Eesti_Vabariigi_Tartu_Ulikool, lk 3
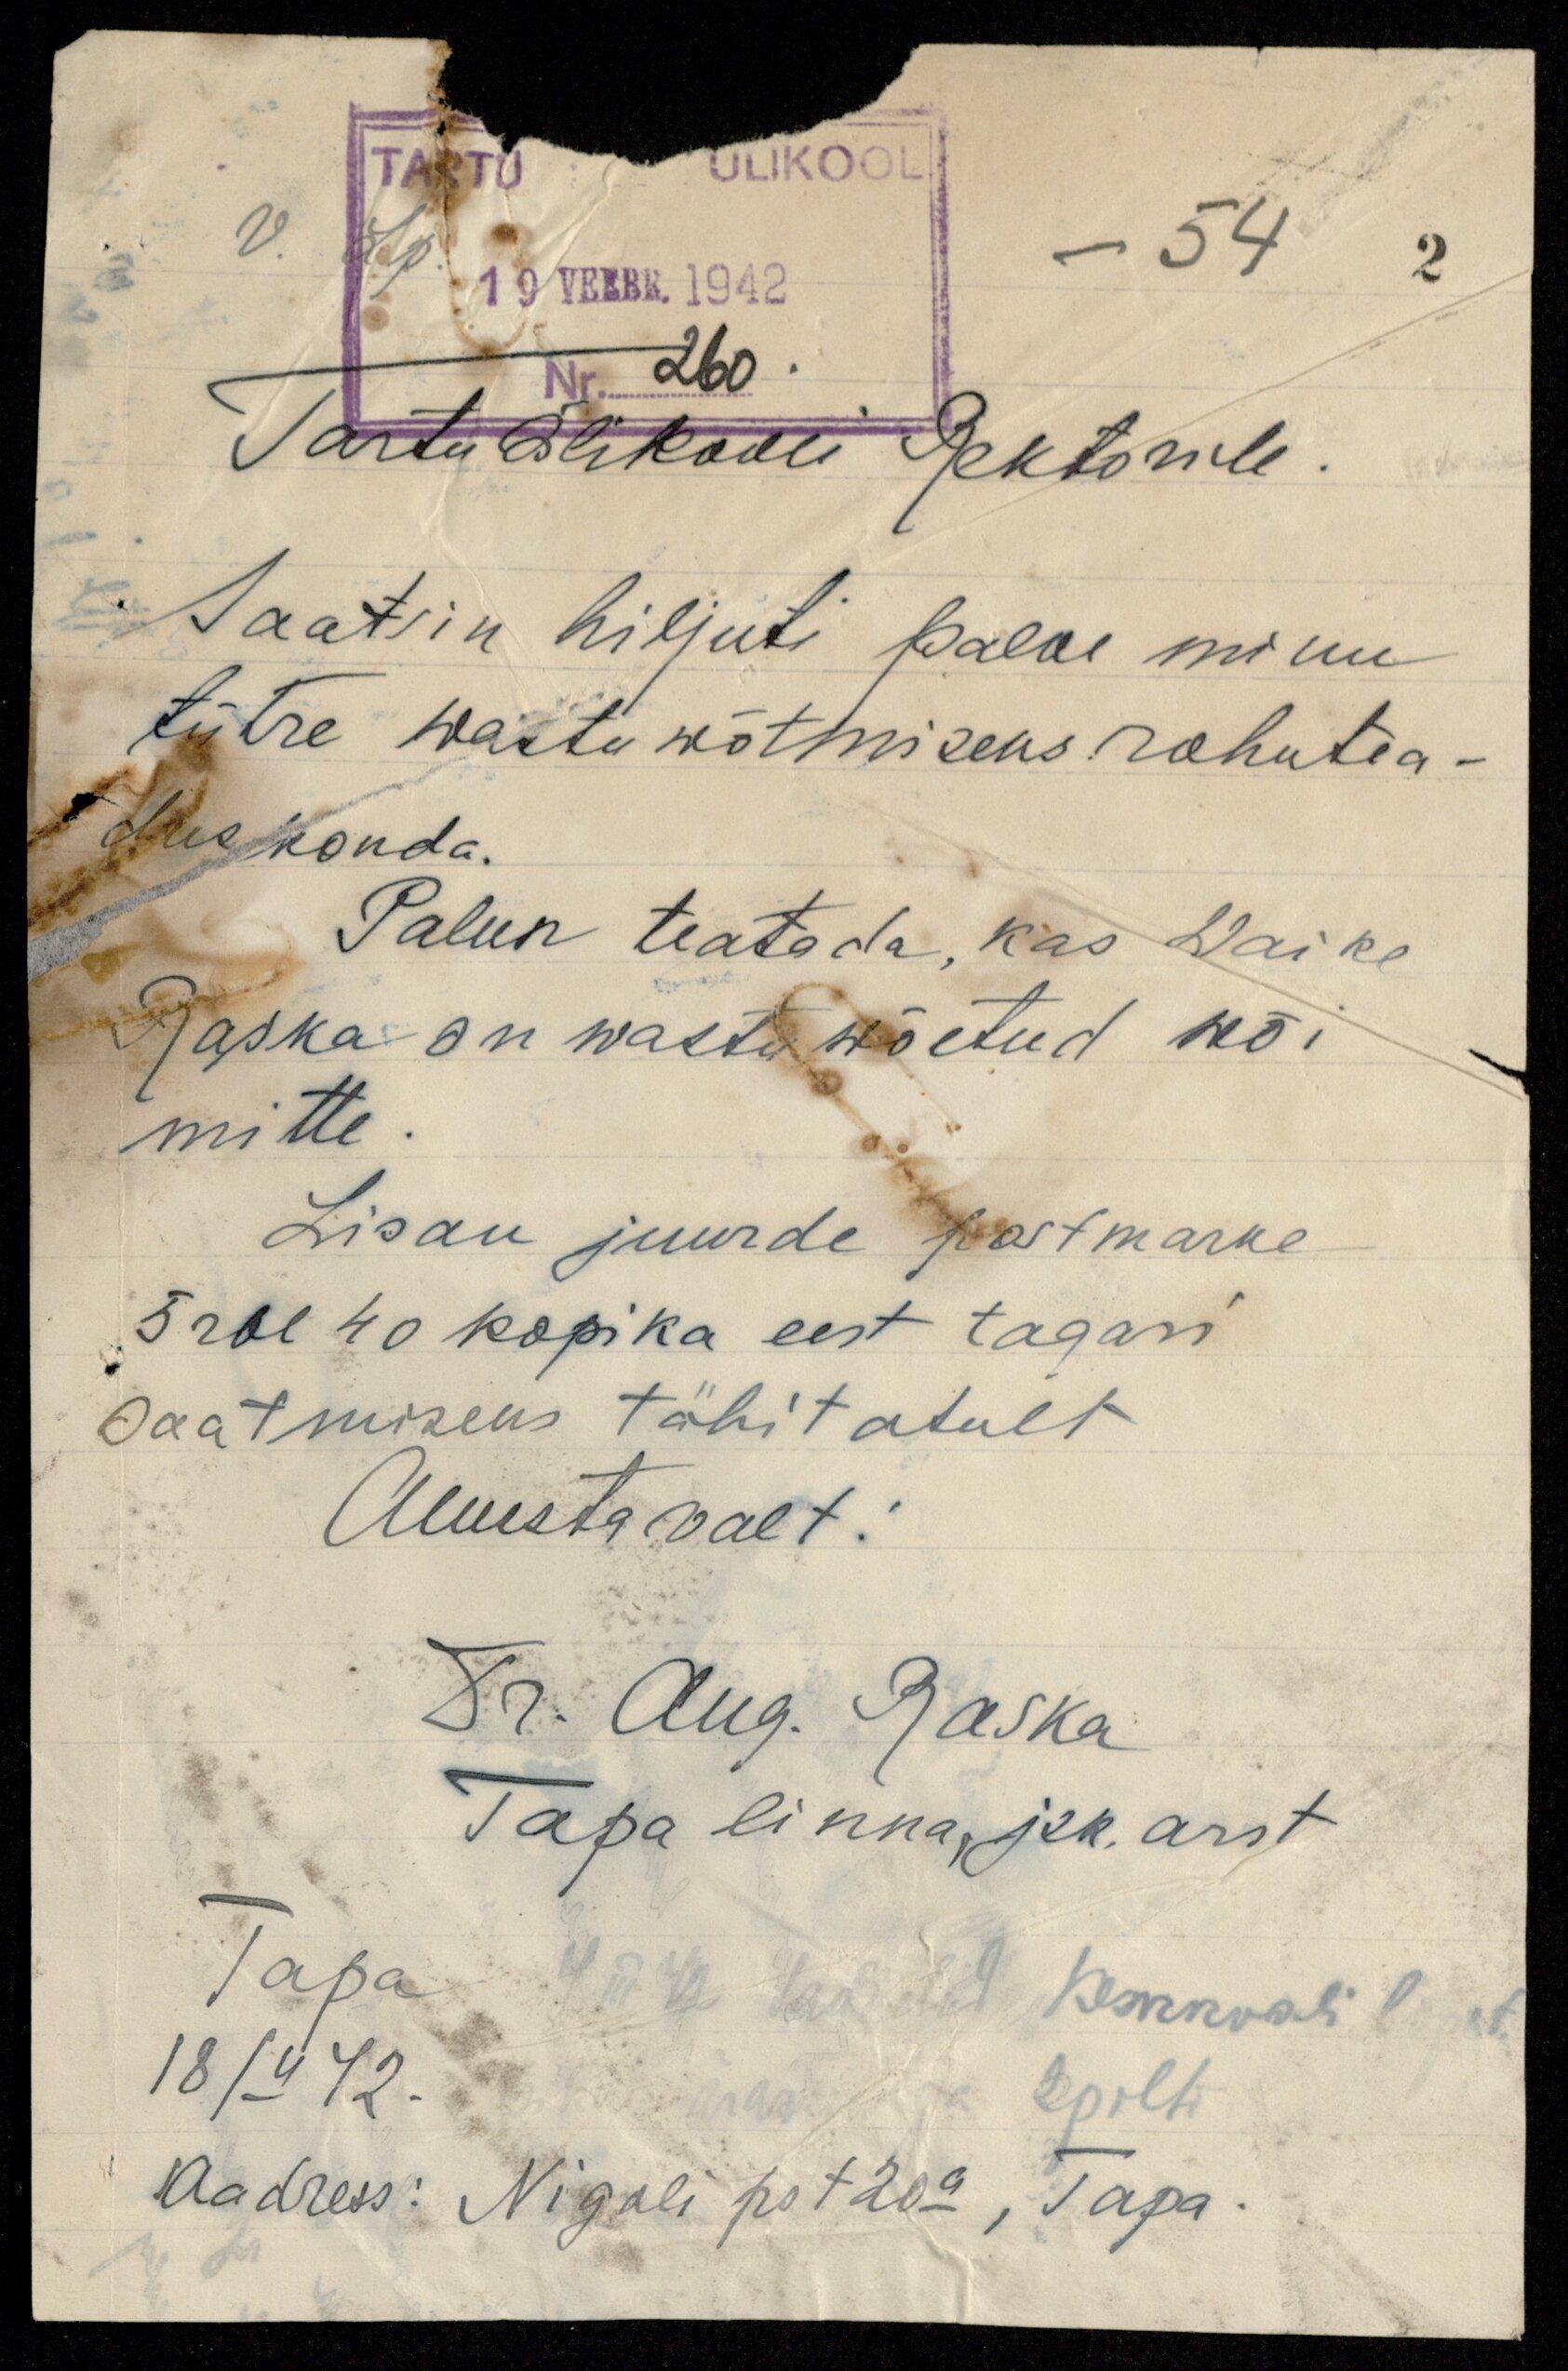
TARTU
ÜLIKOOL
19 VEEBR. 1942
Nr. 260.
- 54
V.
Lp
Tartu Ülikooli Rektorile.
Saatsin hiljuti palve minu
tütre wastu wõtmiseks rohutea-
duskonda.
Palun teatada, kas Waike
Raska on wastu wõetud wõi
mitte.
Lisan juurde postmarke
5 rbl 40 kopika eest tagasi
saatmiseks tähitatult
Auustavalt:
Dr. Aug. Raska
Tapa linna, jsk. arst
Tapa
18/II 42.
2 pilti
Aadress: Nigoli pst 20a, Tapa.